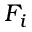
F _ { i }